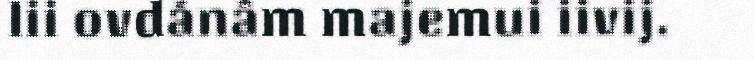
lii ovdánâm majemui iivij.